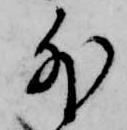
外